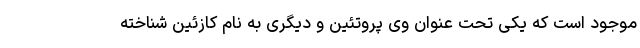
موجود است که یکی تحت عنوان وی پروتئین و دیگری به نام کازئین شناخته